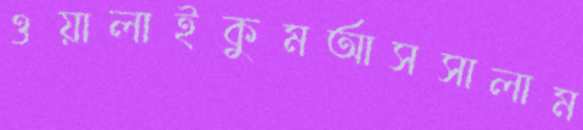
ওয়ালাইকুমআসসালাম